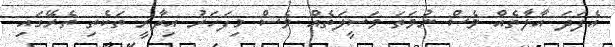
އެފަދަ އާލާތެއް ވެސް ނުވަތަ ވަސީލަތެއް ވެސް މިފަހަރު އިދާރީ ތަކެތި ތެރޭގައި